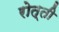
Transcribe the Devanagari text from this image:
रोत्ती